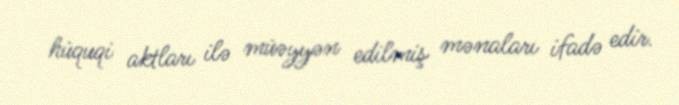
hüquqi aktları ilə müəyyən edilmiş mənaları ifadə edir.